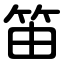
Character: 笛